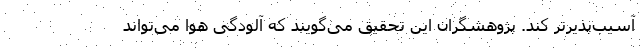
آسیب‌پذیرتر کند. پژوهشگران این تحقیق می‌گویند که آلودگی هوا می‌تواند